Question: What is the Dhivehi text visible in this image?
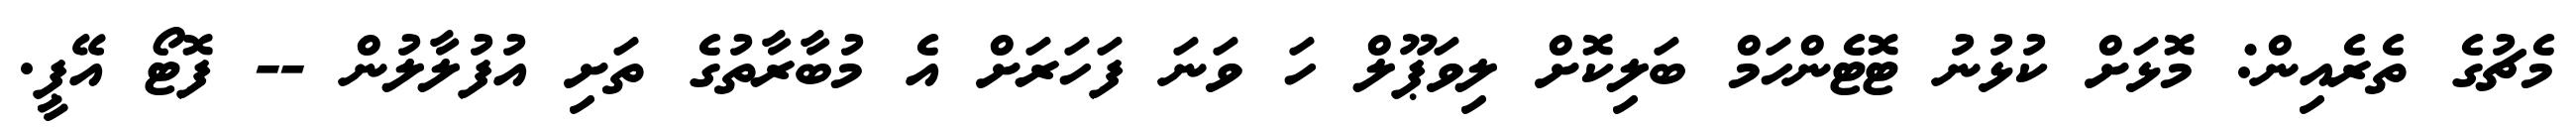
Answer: މެޗުގެ ތެރެއިން: މޮޅަށް ކުޅުނު ޓޮޓެންހަމް ބަލިކޮށް ލިވަޕޫލް ހަ ވަނަ ފަހަރަށް އެ މުބާރާތުގެ ތަށި އުފުލާލުން -- ފޮޓޯ އޭޕީ.